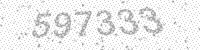
Solution: 597333